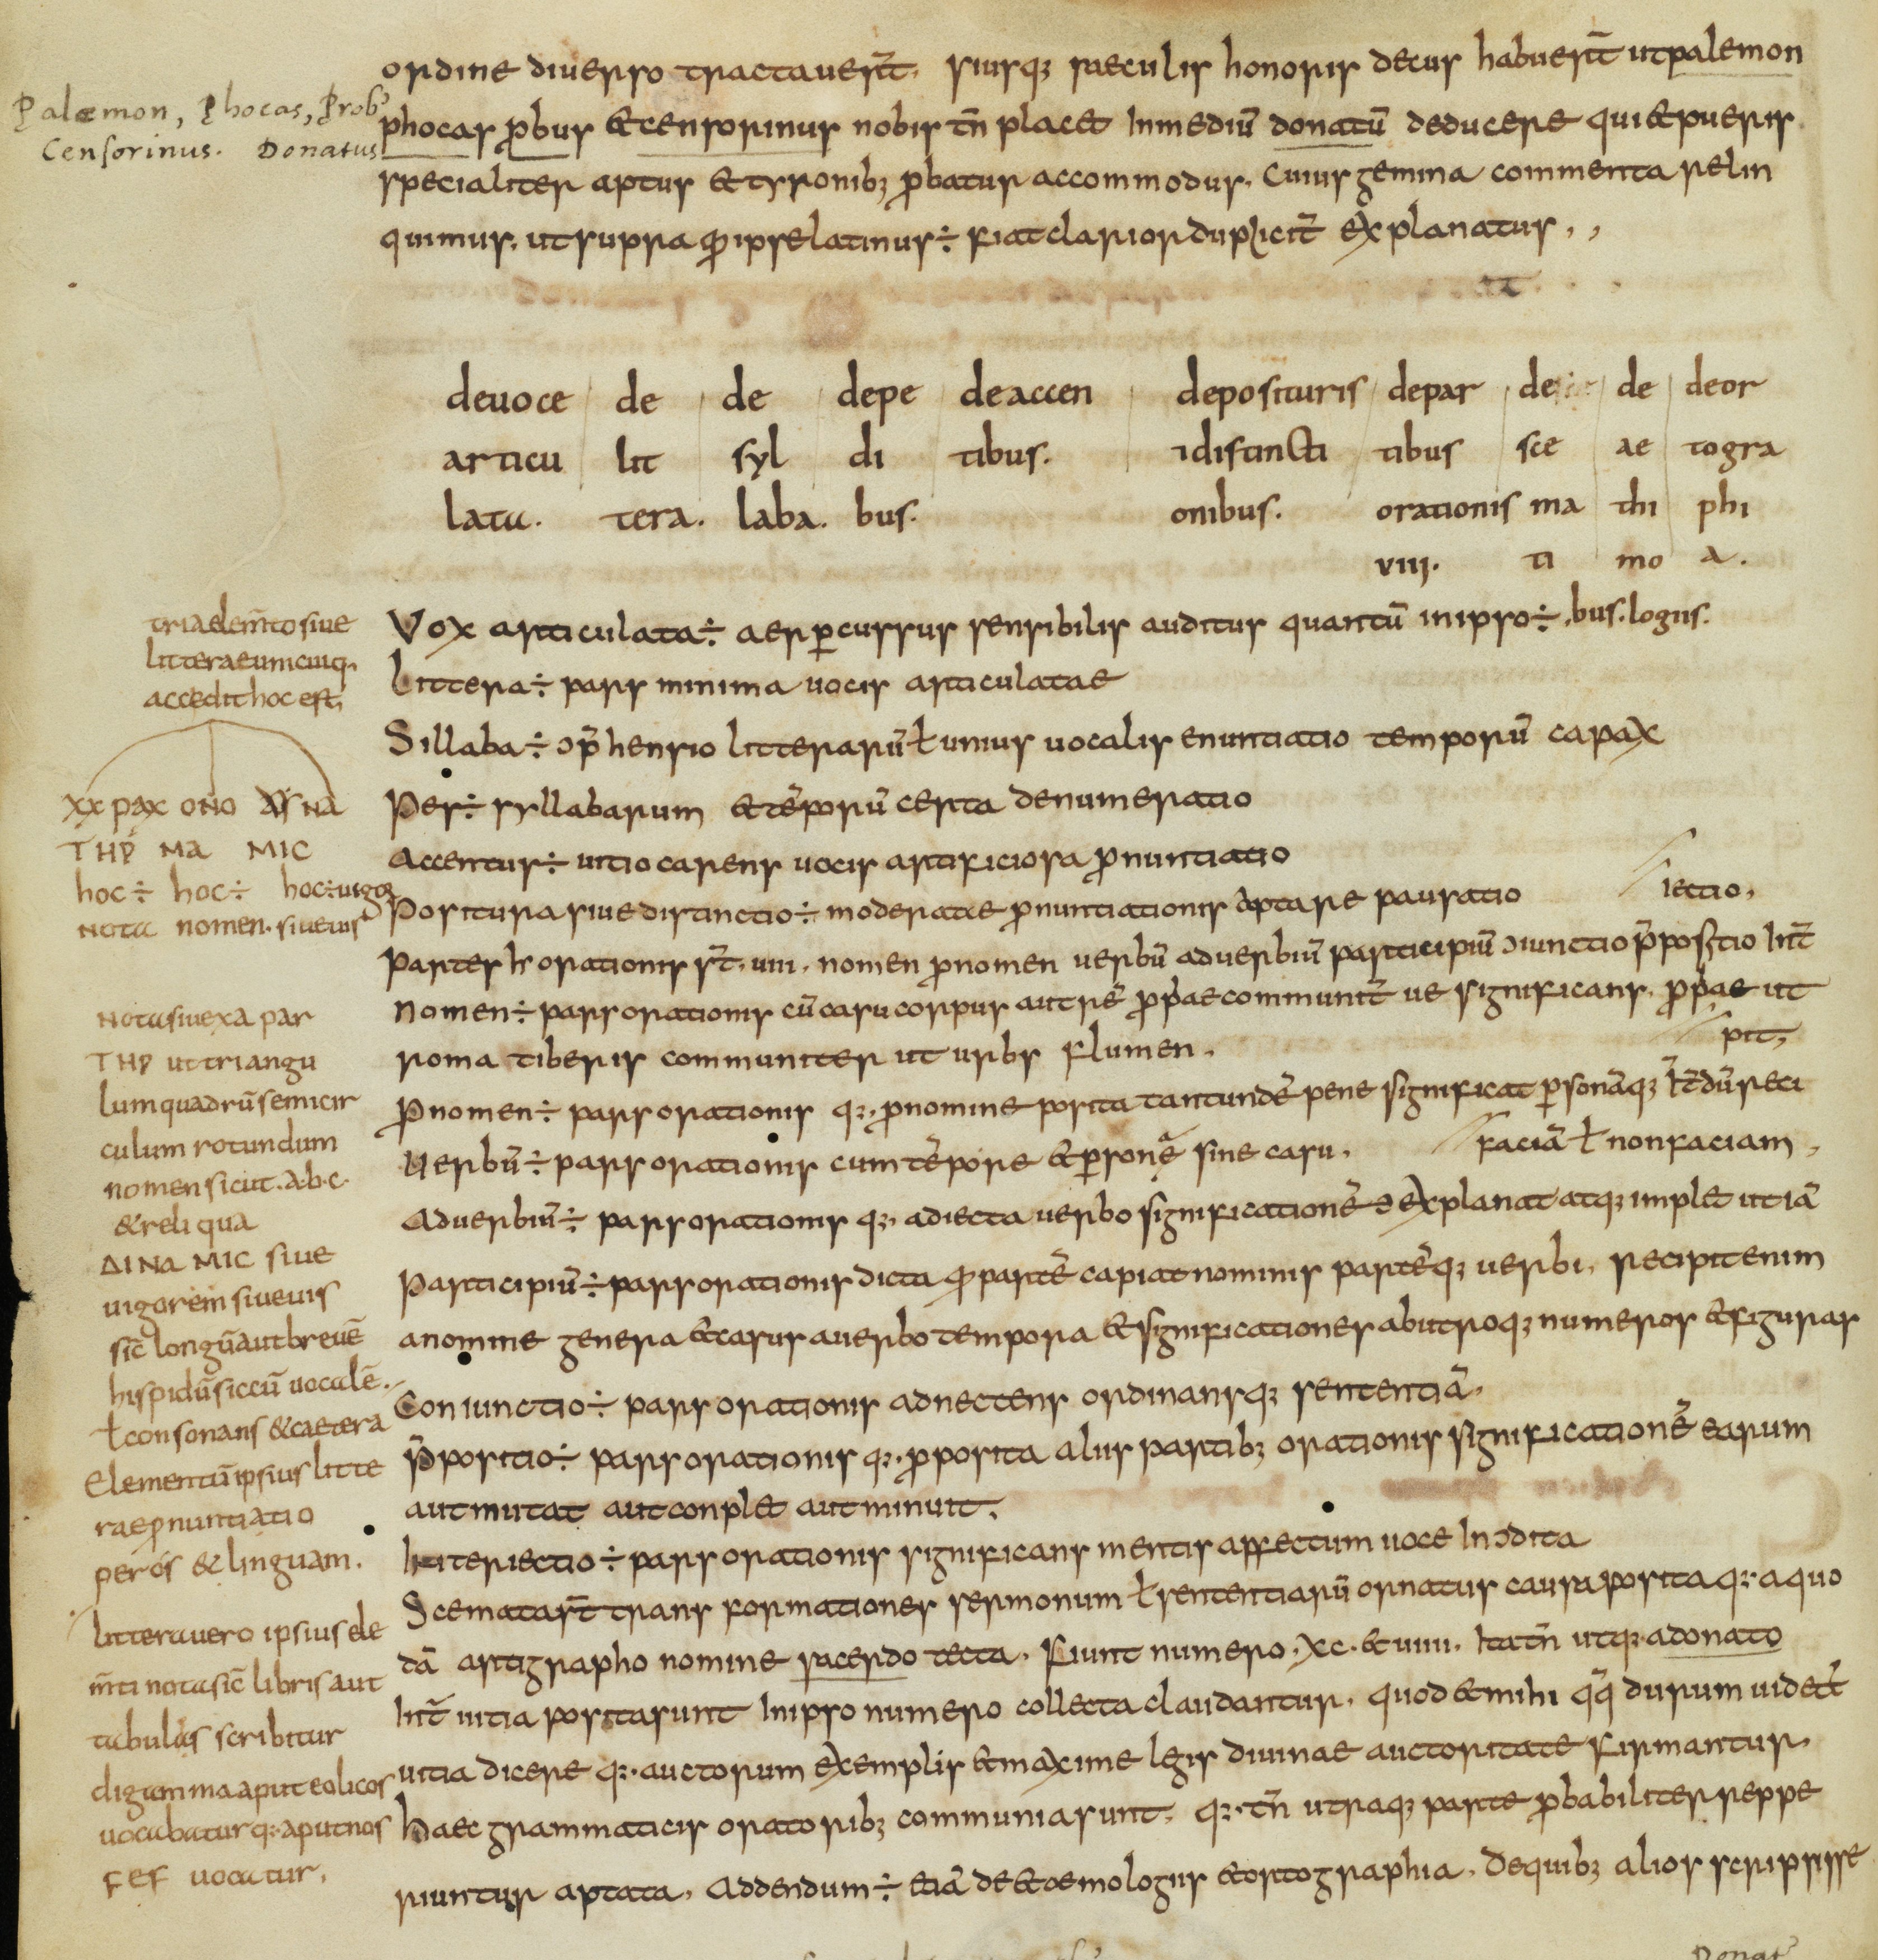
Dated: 825–849